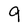
Character: 9